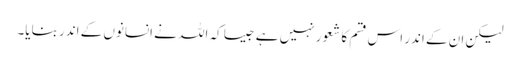
لیکن ان کے اندر اس قسم کا شعور نہیں ہے جیسا کہ اللہ نے انسانوں کے اندر بنایا۔